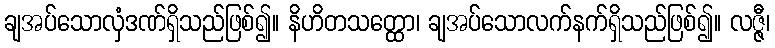
ချအပ်သောလှံဒဏ်ရှိသည်ဖြစ်၍။ နိဟိတသတ္ထော၊ ချအပ်သောလက်နက်ရှိသည်ဖြစ်၍။ လဇ္ဇီ၊